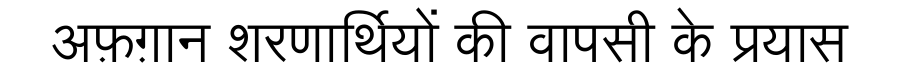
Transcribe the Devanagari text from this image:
अफ़ग़ान शरणार्थियों की वापसी के प्रयास